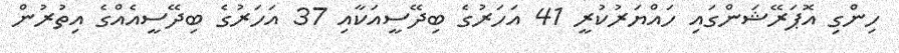
ހިންގި އޮޕަރޭޝަންގައި ހައްޔަރުކުރީ 41 އަހަރުގެ ބިދޭސީއަކާއި 37 އަހަރުގެ ބިދޭސީއެއްގެ އިތުރުން